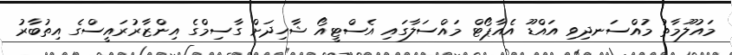
މައުލޫމާތު މުއްސަނދިވި އައްޑޫ އެއާޕޯޓް މައްސަލާގައި އެސްޓީއޯ ޝާހިދަށް ގާސިމްގެ އިންޒާރުރައީސްގެ އިތުބާރު